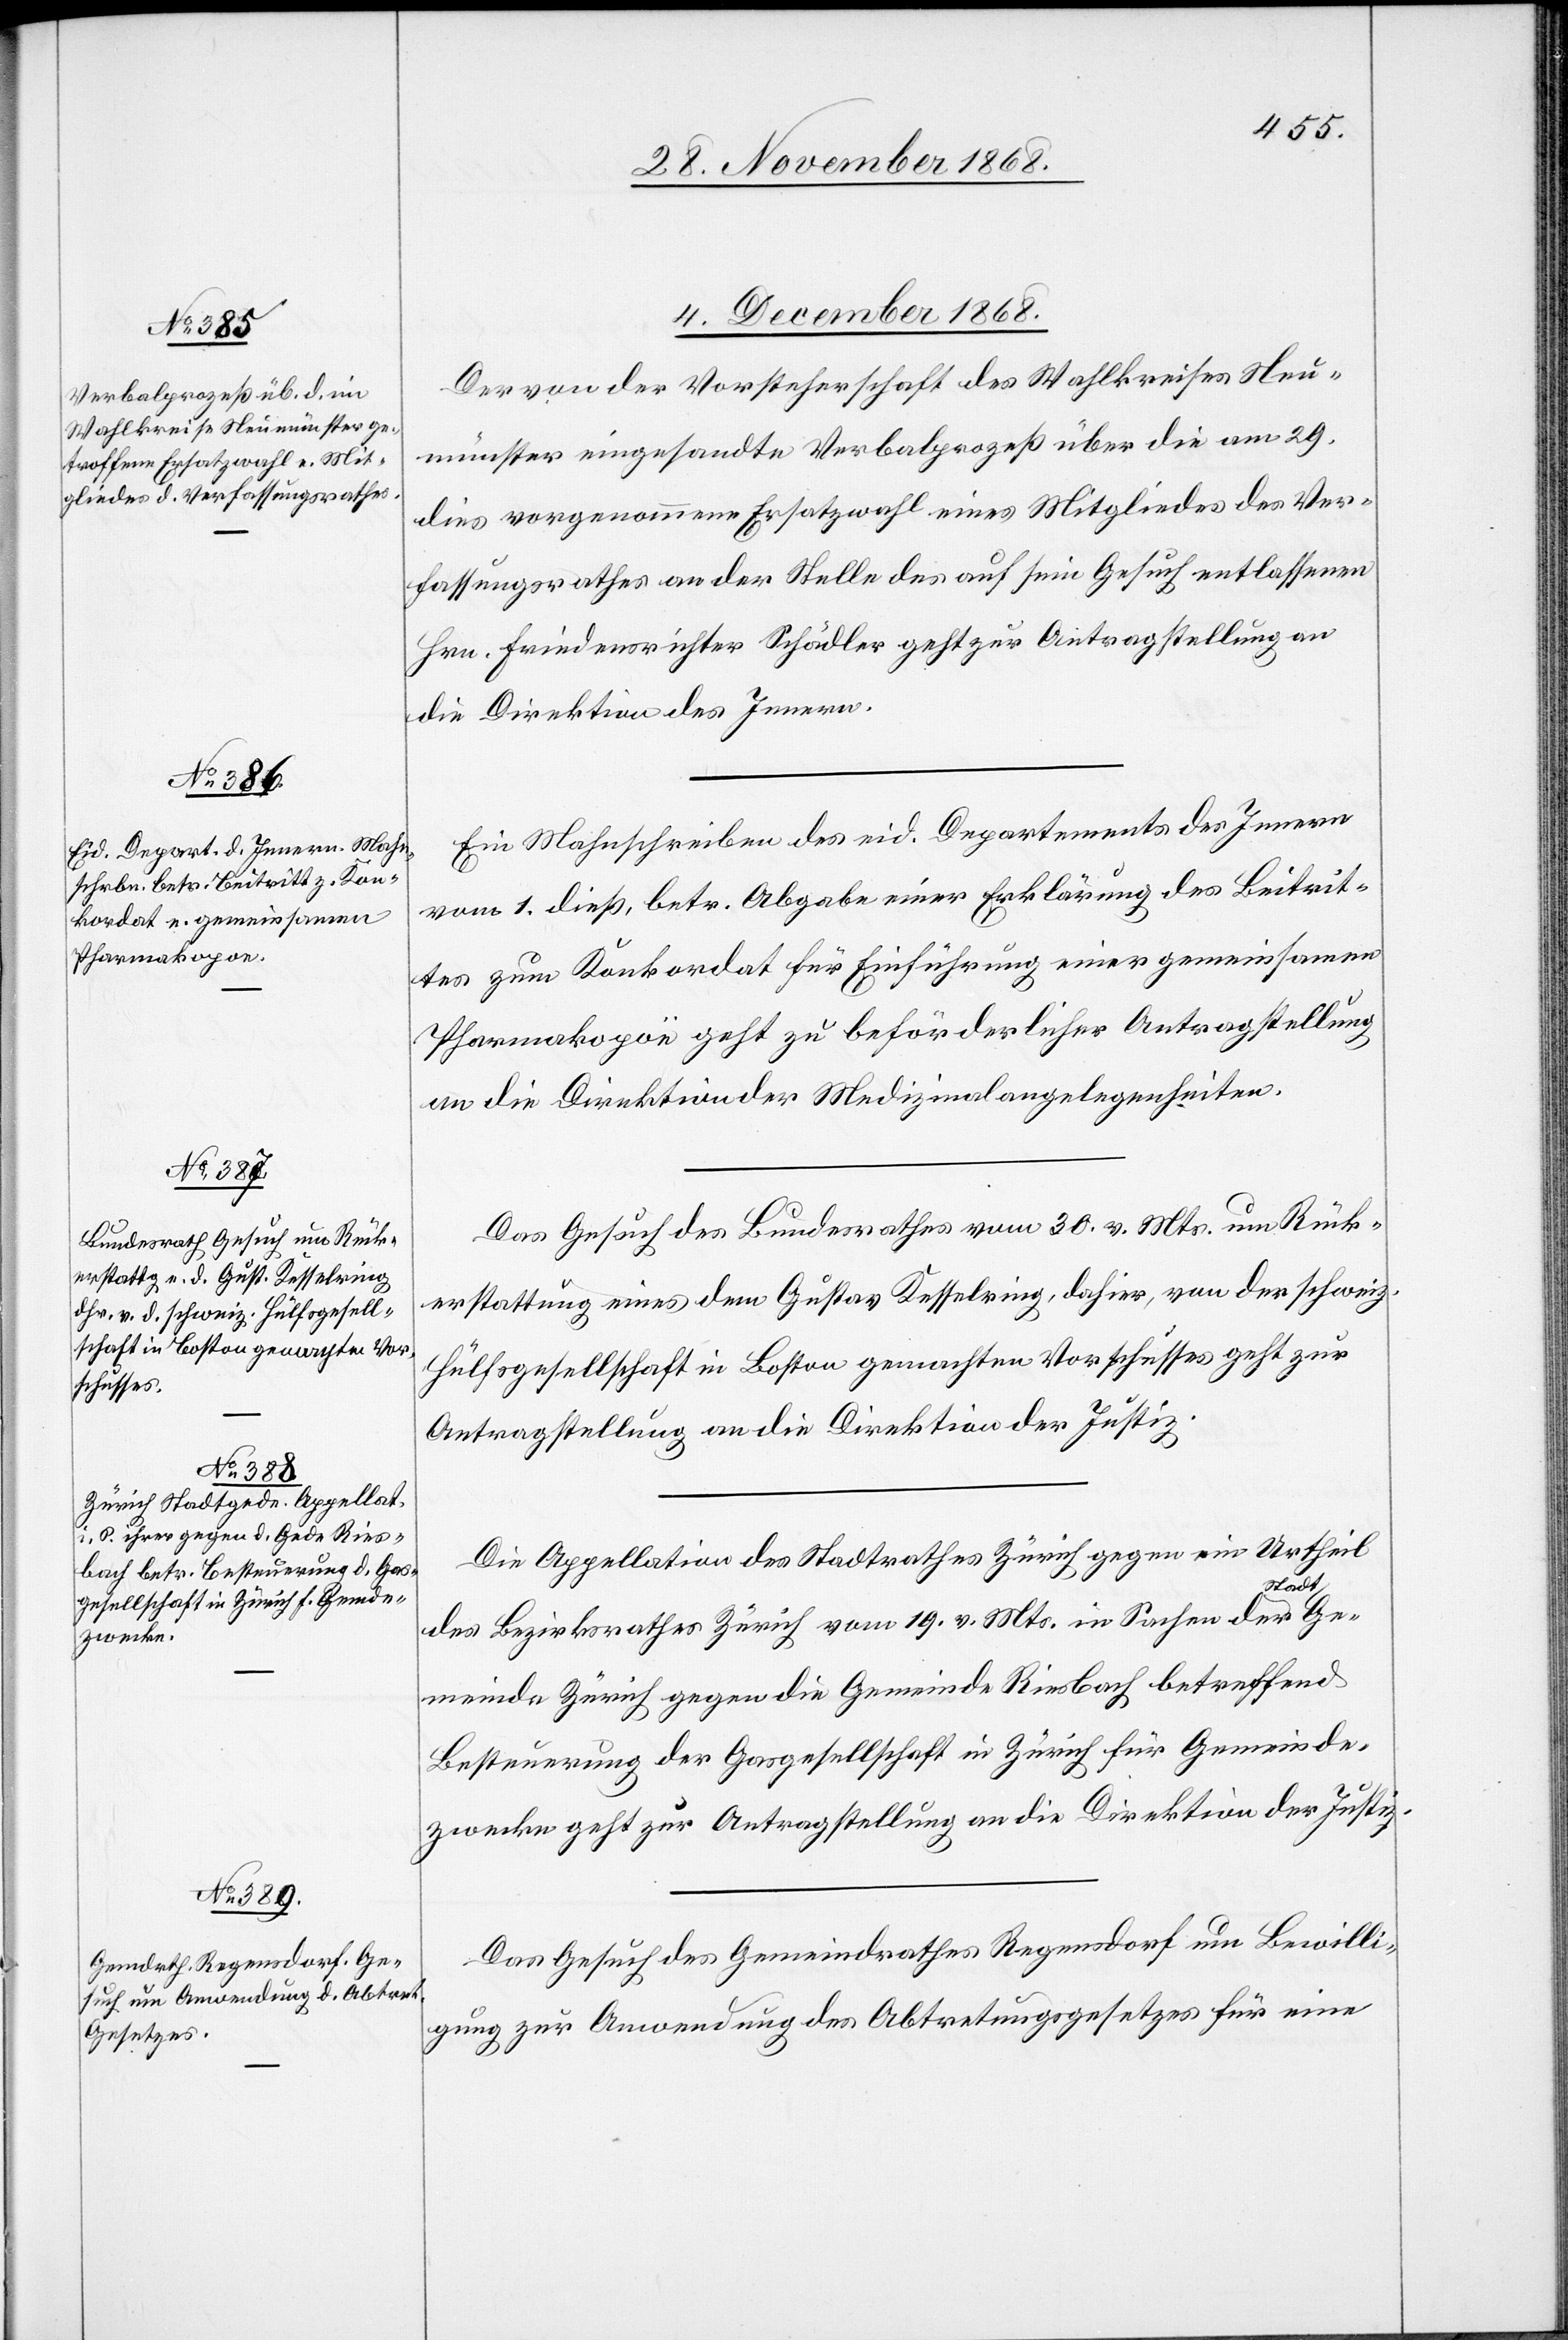
4. December 1868.]
Der von der Vorsteherschaft des Wahlkreises Neu¬
münster eingesandte Verbalprozeß über die am 29.
dies vorgenommene Ersatzwahl eines Mitgliedes des Ver¬
fassungsrathes an der Stelle des auf sein Gesuch entlassenen
Hrn. Friedensrichter Schädler geht zur Antragstellung an
die Direktion des Innern.
Ein Mahnschreiben des eid. Departements des Innern
vom 1. dieß, betr. Abgabe einer Erklärung des Beitrit¬
tes zum Konkordat für Einführung einer gemeinsamen
Pharmakopöe geht zu beförderlicher Antragstellung
an die Direktion der Medizinalangelegenheiten.
Das Gesuch des Bundesrathes vom 30. v. Mts. um Rück¬
erstattung eines dem Gustav Kesselring, dahier, von der schweiz.
Hülfsgesellschaft in Boston gemachten Vorschusses geht zur
Antragstellung an die Direktion der Justiz.
Die Appellation des Stadtrathes Zürich gegen ein Urtheil
ügungen
des Bezirksrathes Zürich vom 19. v. Mts. in Sachen der S¬
meinde Zürich gegen die Gemeinde Riesbach betreffend
Besteuerung der Gasgesellschaft in Zürich für Gemeinde¬
zwecke geht zur Antragstellung an die Direktion der Justiz.
Das Gesuch des Gemeindrathes Regensdorf um Bewilli¬
gung zur Anwendung des Abtretungsgesetzes für eine